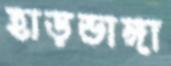
হাড়ভাঙ্গা